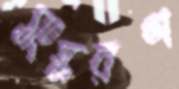
সংস্করণ